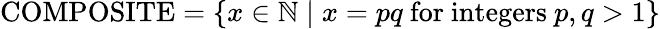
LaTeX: \mathrm{COMPOSITE}=\left\{ x\in\mathbb{N}\mid x=pq{\mathrm{~for~integers~}}p,q>1\right\}